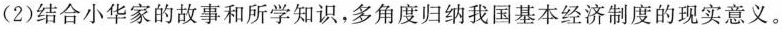
(2)结合小华家的故事和所学知识，多角度归纳我国基本经济制度的现实意义。